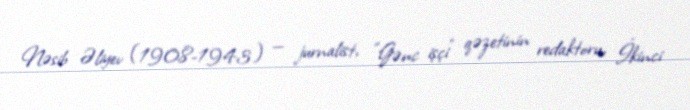
Nəsib Əliyev (1908-1943) — jurnalist, "Gənc işçi" qəzetinin redaktoru, İkinci